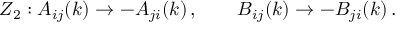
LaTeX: Z _ { 2 } : A _ { i j } ( k ) \rightarrow - A _ { j i } ( k ) \, , \qquad B _ { i j } ( k ) \rightarrow - B _ { j i } ( k ) \, .